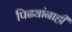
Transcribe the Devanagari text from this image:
पिढ्यांनाही